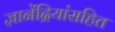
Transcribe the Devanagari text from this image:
ज्ञानेंद्रियांसहित